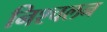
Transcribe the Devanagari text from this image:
निश्‍चलन